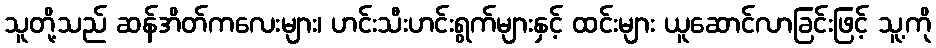
သူတို့သည် ဆန်အိတ်ကလေးများ၊ ဟင်းသီးဟင်းရွက်များနှင့် ထင်းများ ယူဆောင်လာခြင်းဖြင့် သူ့ကို